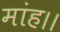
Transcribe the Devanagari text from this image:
मांह।।